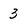
Character: 3